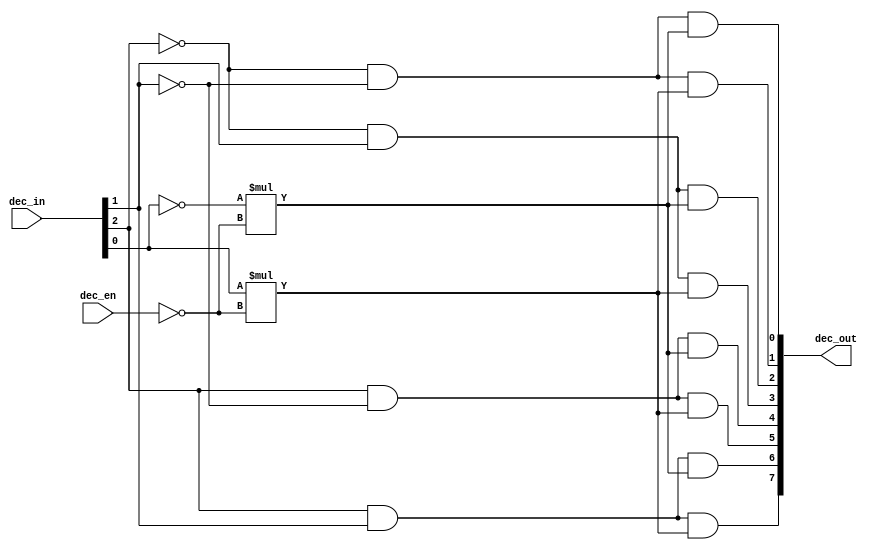
module dec_3x8(
    input dec_en,
    input [2:0] dec_in,
    output [7:0] dec_out
    );
    
    // Outputs for 3x8 Decoder
    assign dec_out[0] = ~dec_in[2]&~dec_in[1]&~dec_in[0]*~dec_en;
    assign dec_out[1] = ~dec_in[2]&~dec_in[1]&dec_in[0]*~dec_en;
    assign dec_out[2] = ~dec_in[2]&dec_in[1]&~dec_in[0]*~dec_en;
    assign dec_out[3] = ~dec_in[2]&dec_in[1]&dec_in[0]*~dec_en;
    assign dec_out[4] = dec_in[2]&~dec_in[1]&~dec_in[0]*~dec_en;
    assign dec_out[5] = dec_in[2]&~dec_in[1]&dec_in[0]*~dec_en;
    assign dec_out[6] = dec_in[2]&dec_in[1]&~dec_in[0]*~dec_en;
    assign dec_out[7] = dec_in[2]&dec_in[1]&dec_in[0]*~dec_en;
    
endmodule